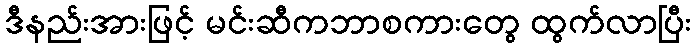
ဒီနည်းအားဖြင့် မင်းဆီကဘာစကားတွေ ထွက်လာပြီး